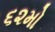
૬૨મો